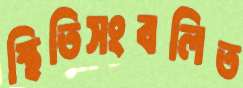
স্থিতিসংবলিত